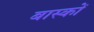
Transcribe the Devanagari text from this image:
बास्कों